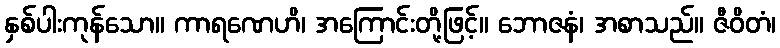
နှစ်ပါးကုန်သော။ ကာရဏေဟိ၊ အကြောင်းတို့ဖြင့်။ ဘောဇနံ၊ အစာသည်။ ဇီဝိတံ၊